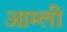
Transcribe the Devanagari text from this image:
आम्ली